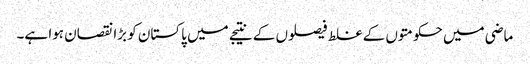
ماضی میں حکومتوں کے غلط فیصلوں کے نتیجے میں پاکستان کو بڑا نقصان ہوا ہے۔